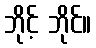
ဘိုင့် ဘိုင်။